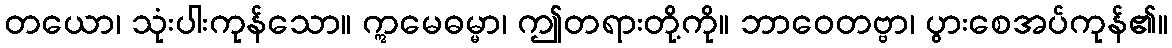
တယော၊ သုံးပါးကုန်သော။ ဣမေဓမ္မာ၊ ဤတရားတို့ကို။ ဘာဝေတဗ္ဗာ၊ ပွားစေအပ်ကုန်၏။